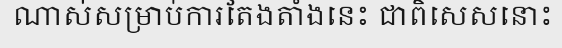
ណាស់សម្រាប់ការតែងតាំងនេះ ជាពិសេសនោះ